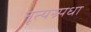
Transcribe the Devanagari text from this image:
नृत्यस्र्पधा